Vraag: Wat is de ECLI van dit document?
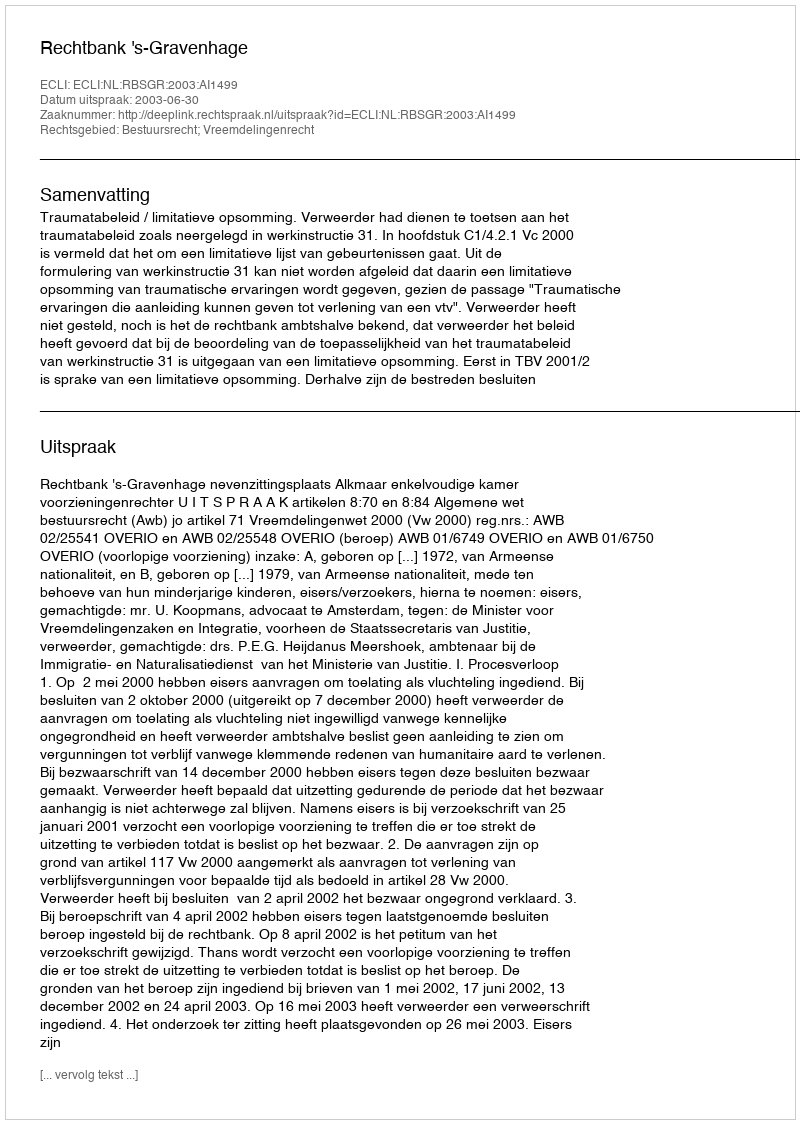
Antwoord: ECLI:NL:RBSGR:2003:AI1499